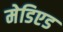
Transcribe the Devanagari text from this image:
मेडिएड